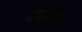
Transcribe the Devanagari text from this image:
तरमचु